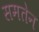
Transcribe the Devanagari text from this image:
समतेन